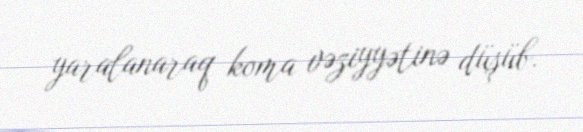
yaralanaraq koma vəziyyətinə düşüb.